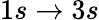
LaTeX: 1s\rightarrow 3s